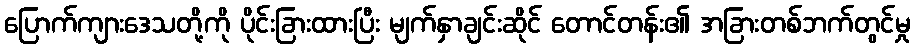
ပြောက်ကျားဒေသတို့ကို ပိုင်းခြားထားပြီး မျက်နှာချင်းဆိုင် တောင်တန်း၏ အခြားတစ်ဘက်တွင်မှု